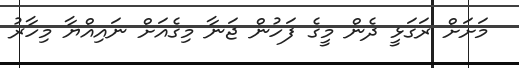
މަށަށް ރަގަޅީ ދެން މީގެ ފަހުން ޖަނާ މިގެއަށް ނައިއްޔާ މިހާރު